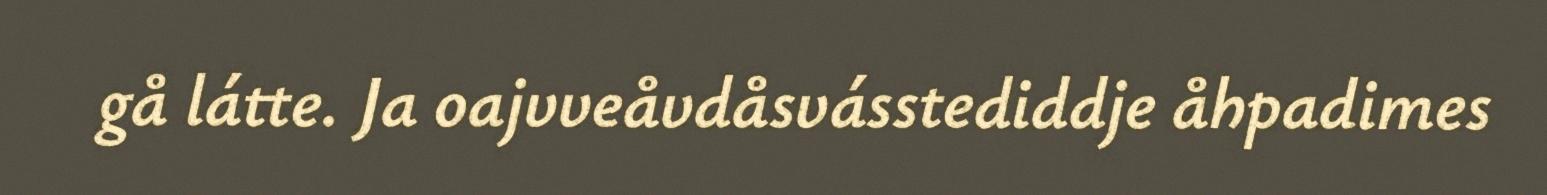
gå látte. Ja oajvveåvdåsvásstediddje åhpadimes